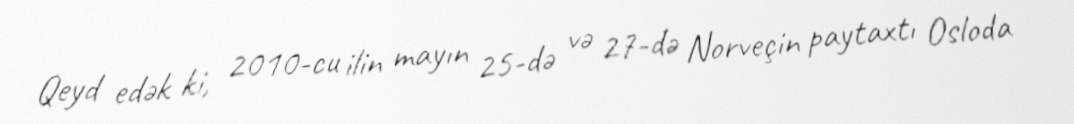
Qeyd edək ki, 2010-cu ilin mayın 25-də və 27-də Norveçin paytaxtı Osloda